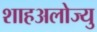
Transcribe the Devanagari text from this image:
शाहअलोज्यु